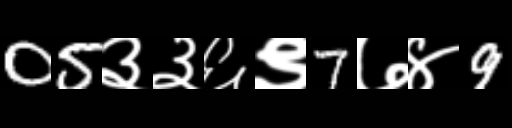
Text: 05३३६९7७४9